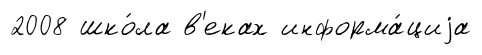
2008 шко́ла в'еках информа́циjа